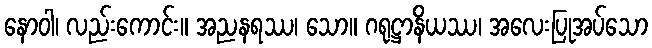
နောဝါ၊ လည်းကောင်း။ အညနရဿ၊ သော။ ဂရုဋ္ဌာနိယဿ၊ အလေးပြုအပ်သော